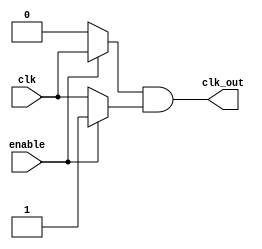
module clock_gating (
    input wire clk,         // Primary clock signal
    input wire enable,      // Enable signal for clock gating
    output wire clk_out     // Gated clock output
);

    // Internal signals for nMOS and pMOS logic
    wire nmos_out;          // Output from nMOS transistor
    wire pmos_out;          // Output from pMOS transistor

    // nMOS transistor logic: clk_out follows clk when enable is high
    assign nmos_out = (enable) ? clk : 1'b0; // If enable is high, pass clk; else 0

    // pMOS transistor logic: clk_out is held low when enable is low
    assign pmos_out = (enable) ? 1'b1 : clk; // If enable is low, pass clk; else 1

    // Combine nMOS and pMOS outputs to form the gated clock output
    assign clk_out = nmos_out & pmos_out;

endmodule